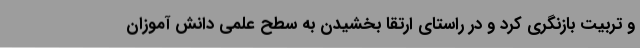
و تربیت بازنگری کرد و در راستای ارتقا بخشیدن به سطح علمی دانش آموزان